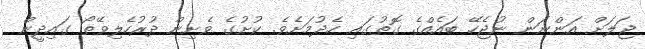
ޖަލަށް އަންނަން ނުޖެހޭ ބައެއްގެ ގޮތުގައި ހެދުމަށެވެ. ކުށުގެ ވެށިން ދުރުހެލިވޭތޯ ގައިދީން